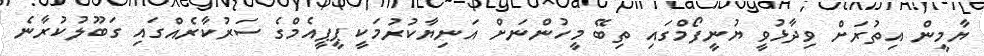
ޔާމީން އިތުރަށް ވިދާޅުވީ ޔުނީފޯމްގައި ތިބޭ މީހުންނަށް އަނިޔާކުރުމަކީ ޕީޕީއެމްގެ ސަރުކާރެއްގައި ގަބޫލުކުރާނެ